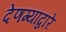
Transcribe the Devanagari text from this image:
देणग्यांद्वारे